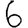
Digit: 6